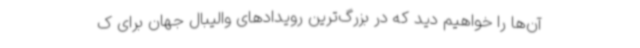
آن‌ها را خواهیم دید که در بزرگ‌ترین رویدادهای والیبال جهان برای ک